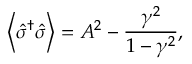
\left\langle \hat { \sigma } ^ { \dagger } \hat { \sigma } \right\rangle = A ^ { 2 } - \frac { \gamma ^ { 2 } } { 1 - \gamma ^ { 2 } } ,